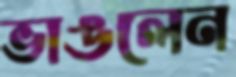
ভাঙলেন